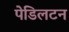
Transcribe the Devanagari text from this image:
पेडिलटन